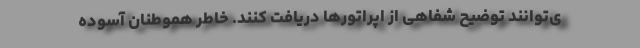
ی‌توانند توضیح شفاهی از اپراتورها دریافت کنند. خاطر هموطنان آسوده